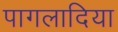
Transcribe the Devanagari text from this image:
पागलादिया